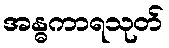
အန္ဓကာရသုတ်